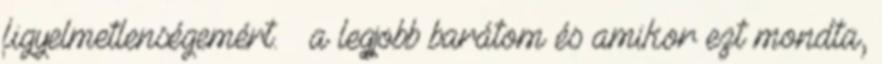
figyelmetlenségemért. İ a legjobb barátom és amikor ezt mondta,